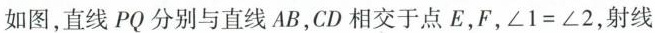
如图，直线PQ分别与直线AB，CD相交于点E，F，$$ ∠1=∠2 $$，射线